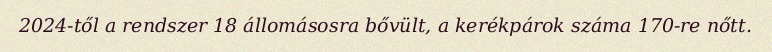
2024-től a rendszer 18 állomásosra bővült, a kerékpárok száma 170-re nőtt.